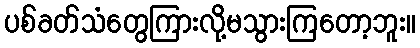
ပစ်ခတ်သံတွေကြားလို့မသွားကြတော့ဘူး။